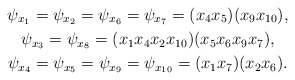
\begin{gather*}\psi_{x_1}=\psi_{x_2}=\psi_{x_6}=\psi_{x_7}=(x_4x_5)(x_9x_{10}),\\\psi_{x_3}=\psi_{x_8}=(x_1x_4x_2x_{10})(x_5x_6x_9x_7),\\\psi_{x_4}=\psi_{x_5}=\psi_{x_9}=\psi_{x_{10}}=(x_1x_7)(x_2x_6).\end{gather*}